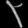
Digit: ၃